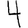
Digit: 4